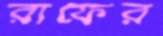
রাফের